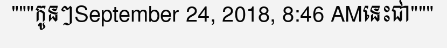
"""កូនៗSeptember 24, 2018, 8:46 AMនេះជា"""